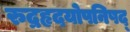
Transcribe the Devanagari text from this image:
रुद्रहृदयोपनिषद्